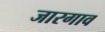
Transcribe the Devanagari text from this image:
जारगाव